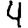
Digit: 4